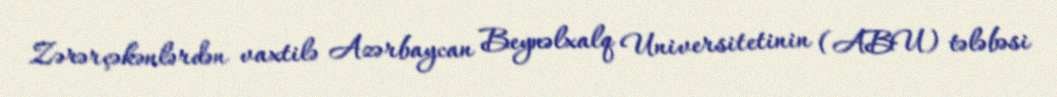
Zərərçəkənlərdən vaxtilə Azərbaycan Beynəlxalq Universitetinin (ABU) tələbəsi